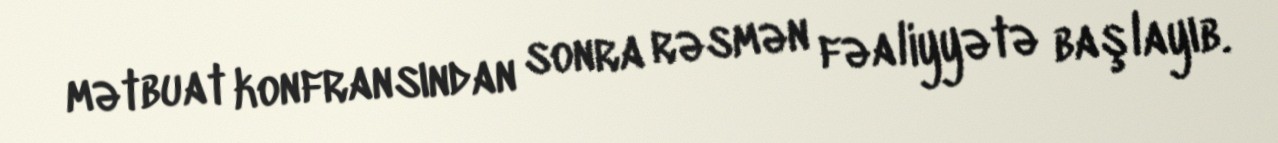
mətbuat konfransından sonra rəsmən fəaliyyətə başlayıb.